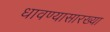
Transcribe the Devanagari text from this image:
धावण्यासारख्या